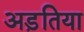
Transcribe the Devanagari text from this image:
अड़तिया